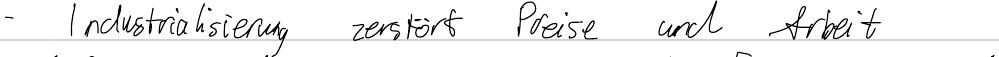
- Industrialisierung zerstört Preise und Arbeit